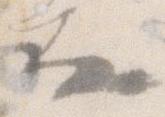
な